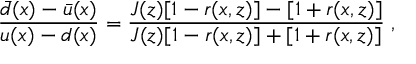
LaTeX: \frac { \bar { d } ( x ) - \bar { u } ( x ) } { u ( x ) - d ( x ) } = \frac { J ( z ) [ 1 - r ( x , z ) ] - [ 1 + r ( x , z ) ] } { J ( z ) [ 1 - r ( x , z ) ] + [ 1 + r ( x , z ) ] } \; ,